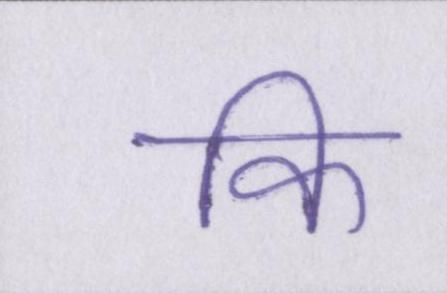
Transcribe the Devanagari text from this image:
कि